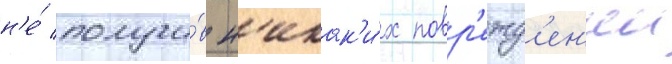
н'е́ получи́в н'икак'и́х повр'ежд'ен'ии